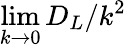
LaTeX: \operatorname*{lim}_{k\to 0}D_{L}/k^{2}